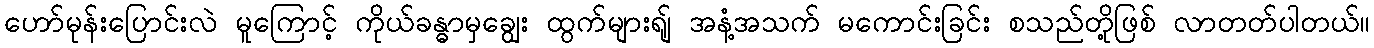
ဟော်မုန်းပြောင်းလဲ မူကြောင့် ကိုယ်ခန္ဓာမှချွေး ထွက်များရျ် အနံ့အသက် မကောင်းခြင်း စသည်တို့ဖြစ် လာတတ်ပါတယ်။